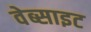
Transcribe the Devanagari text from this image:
वेब्साइट